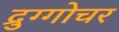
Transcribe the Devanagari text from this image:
द्रुग्गोचर